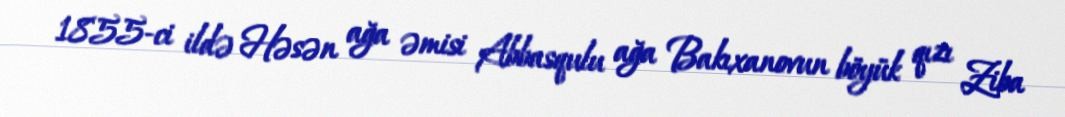
1855-ci ildə Həsən ağa əmisi Abbasqulu ağa Bakıxanovun böyük qızı Ziba